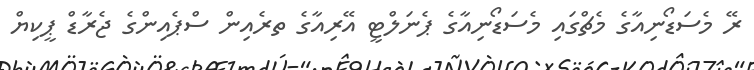
ރޭ މެސަޑޯނިއާގެ މެޗްގައި މެސަޑޯނިއާގެ ޕެނަލްޓީީ އޭރިއާގެ ތރެއިން ސްޕެއިންގެ ޖެރާޑް ޕީކިޔް